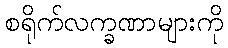
စရိုက်လက္ခဏာများကို